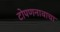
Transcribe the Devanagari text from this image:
टोपणनावाचा